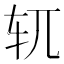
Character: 𫐄